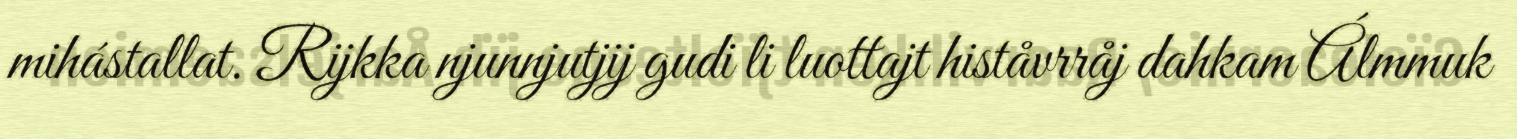
mihástallat. Rijkka njunnjutjij gudi li luottajt histåvrråj dahkam Álmmuk